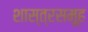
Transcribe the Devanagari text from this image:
शास्त्रसमूह